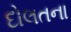
દોલતના